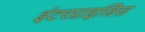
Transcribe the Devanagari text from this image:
इंटरप्राइजिज़